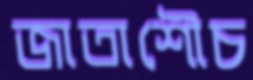
জাতাশৌচ